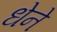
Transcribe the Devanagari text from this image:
धेने